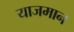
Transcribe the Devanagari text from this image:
याजमान